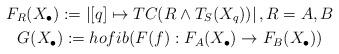
LaTeX: \begin{gather*}F_{R}(X_\bullet) := \left|[q]\mapsto TC(R\wedge T_S(X_q))\right|,R = A,B\\G(X_\bullet) := hofib(F(f):F_{A}(X_\bullet)\to F_{B}(X_\bullet))\end{gather*}